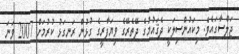
ޖަލްސާގައެވެ. މިކައުންސިލަކީ ދެޤައުމުގެ ދޭތެރޭގެ ވިޔަފާރީގެ ގުޅުން ރަނގަޅު ކުރުމަށް 2007 ވަނަ